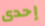
إحدى